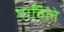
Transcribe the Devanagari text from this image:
पाविले